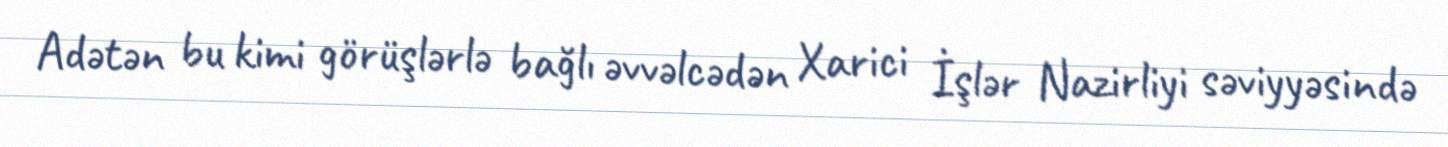
Adətən bu kimi görüşlərlə bağlı əvvəlcədən Xarici İşlər Nazirliyi səviyyəsində